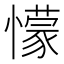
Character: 懞